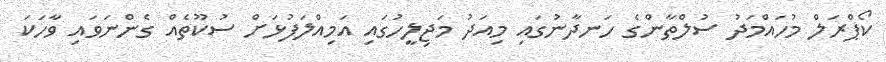
ކޯޕްރަލް މުހައްމަދު ސުލްތާންގެ ހަނދާނުގައި މިއަދު މަޖިލީހުގައި އަމިއްލަފުޅަށް ސުކޫތެއް ގެންނަވައި ވާހަކަ